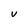
Character: V